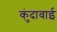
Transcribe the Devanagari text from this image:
कुंदावाई